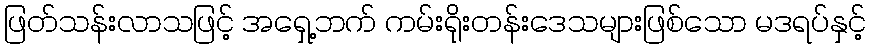
ဖြတ်သန်းလာသဖြင့် အရှေ့ဘက် ကမ်းရိုးတန်းဒေသများဖြစ်သော မဒရပ်နှင့်